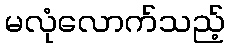
မလုံလောက်သည့်